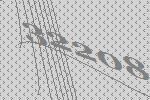
32208